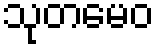
သုတမေဝ